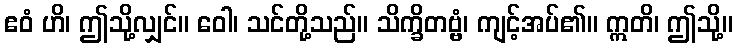
ဧဝံ ဟိ၊ ဤသို့လျှင်။ ဝေါ၊ သင်တို့သည်။ သိက္ခိတဗ္ဗံ၊ ကျင့်အပ်၏။ ဣတိ၊ ဤသို့။